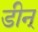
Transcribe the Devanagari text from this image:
डीन्